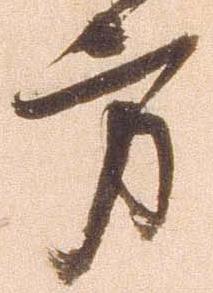
方